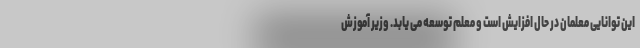
این توانایی معلمان در حال افزایش است و معلم توسعه می یابد. وزیر آموزش